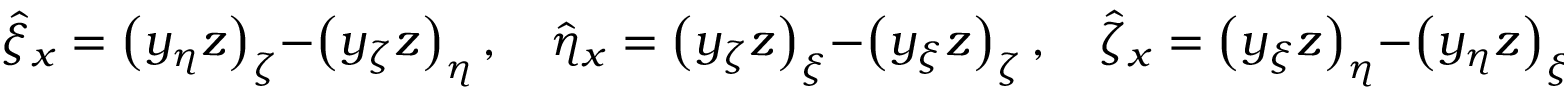
\hat { \xi } _ { x } = \left( y _ { \eta } z \right) _ { \zeta } - \left( y _ { \zeta } z \right) _ { \eta } , \quad \hat { \eta } _ { x } = \left( y _ { \zeta } z \right) _ { \xi } - \left( y _ { \xi } z \right) _ { \zeta } , \quad \hat { \zeta } _ { x } = \left( y _ { \xi } z \right) _ { \eta } - \left( y _ { \eta } z \right) _ { \xi }